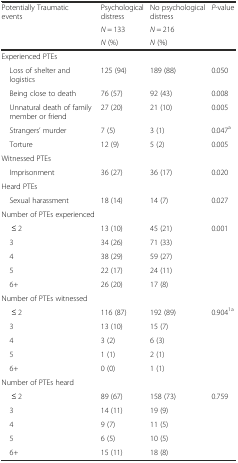
<table><thead><tr><td rowspan="3"><b>Potentially Traumatic events</b></td><td><b>Psychological distress</b></td><td><b>No psychological distress</b></td><td rowspan="3"><b><i>P</i>-value</b></td></tr><tr><td><b><i>N</i> = 133</b></td><td><b><i>N</i> = 216</b></td></tr><tr><td><b><i>N</i> (%)</b></td><td><b><i>N</i> (%)</b></td></tr></thead><tbody><tr><td>Experienced PTEs</td><td></td><td></td><td></td></tr><tr><td> Loss of shelter and logistics</td><td>125 (94)</td><td>189 (88)</td><td>0.050</td></tr><tr><td> Being close to death</td><td>76 (57)</td><td>92 (43)</td><td>0.008</td></tr><tr><td> Unnatural death of family member or friend</td><td>27 (20)</td><td>21 (10)</td><td>0.005</td></tr><tr><td> Strangers’ murder</td><td>7 (5)</td><td>3 (1)</td><td>0.047<sup>a</sup></td></tr><tr><td> Torture</td><td>12 (9)</td><td>5 (2)</td><td>0.005</td></tr><tr><td>Witnessed PTEs</td><td></td><td></td><td></td></tr><tr><td> Imprisonment</td><td>36 (27)</td><td>36 (17)</td><td>0.020</td></tr><tr><td>Heard PTEs</td><td></td><td></td><td></td></tr><tr><td> Sexual harassment</td><td>18 (14)</td><td>14 (7)</td><td>0.027</td></tr><tr><td>Number of PTEs experienced</td><td></td><td></td><td></td></tr><tr><td>≤ 2</td><td>13 (10)</td><td>45 (21)</td><td rowspan="5">0.001</td></tr><tr><td> 3</td><td>34 (26)</td><td>71 (33)</td></tr><tr><td> 4</td><td>38 (29)</td><td>59 (27)</td></tr><tr><td> 5</td><td>22 (17)</td><td>24 (11)</td></tr><tr><td> 6+</td><td>26 (20)</td><td>17 (8)</td></tr><tr><td>Number of PTEs witnessed</td><td></td><td></td><td></td></tr><tr><td>≤ 2</td><td>116 (87)</td><td>192 (89)</td><td rowspan="5">0.904<sup>1</sup><sup>a</sup></td></tr><tr><td> 3</td><td>13 (10)</td><td>15 (7)</td></tr><tr><td> 4</td><td>3 (2)</td><td>6 (3)</td></tr><tr><td> 5</td><td>1 (1)</td><td>2 (1)</td></tr><tr><td> 6+</td><td>0 (0)</td><td>1 (1)</td></tr><tr><td>Number of PTEs heard</td><td></td><td></td><td></td></tr><tr><td>≤ 2</td><td>89 (67)</td><td>158 (73)</td><td rowspan="5">0.759</td></tr><tr><td> 3</td><td>14 (11)</td><td>19 (9)</td></tr><tr><td> 4</td><td>9 (7)</td><td>11 (5)</td></tr><tr><td> 5</td><td>6 (5)</td><td>10 (5)</td></tr><tr><td> 6+</td><td>15 (11)</td><td>18 (8)</td></tr></tbody></table>